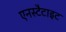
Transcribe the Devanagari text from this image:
एनस्टैटाइट